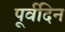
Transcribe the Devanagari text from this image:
पूर्वदिन